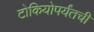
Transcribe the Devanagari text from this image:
टोकियोपर्यंतची